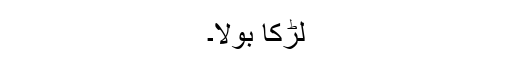
لڑکا بولا۔